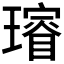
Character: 𤩷